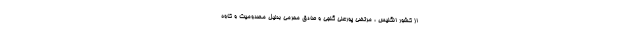
از کشور انگلیس ، مرتضى پورعلى گنجى و صادق محرمى بدلیل مصدومیت و کاوه